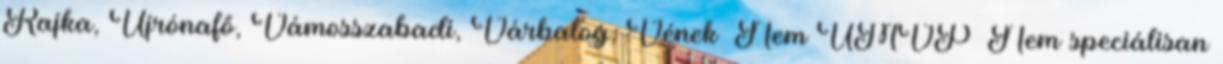
Rajka, Újrónafő, Vámosszabadi, Várbalog, Vének ▪Nem ÚMVP ▪Nem speciálisan